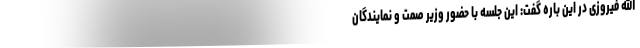
الله فیروزی در این باره گفت: این جلسه با حضور وزیر صمت و نمایندگان